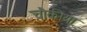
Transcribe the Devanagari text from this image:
चौकीया